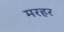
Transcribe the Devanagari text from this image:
मरहर